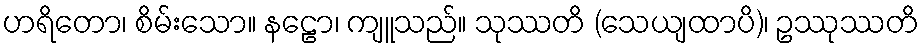
ဟရိတော၊ စိမ်းသော။ နဠော၊ ကျူသည်။ သုဿတိ (သေယျထာပိ)၊ ဥဿုဿတိ